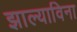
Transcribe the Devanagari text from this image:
झाल्याविना